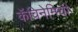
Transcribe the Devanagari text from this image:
कॅचिनेमिची